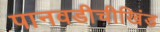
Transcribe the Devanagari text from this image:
पानवडीचीखिंड